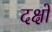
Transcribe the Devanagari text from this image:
दक्षों